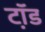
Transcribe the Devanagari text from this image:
टॉ़ड